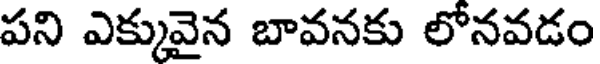
పని ఎక్కువైన బావనకు లోనవడం